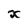
Character: X